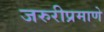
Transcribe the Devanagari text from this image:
जरुरीप्रमाणे